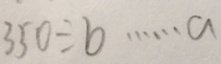
3 5 0 \div b \cdots a